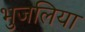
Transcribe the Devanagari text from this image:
भुजलिया